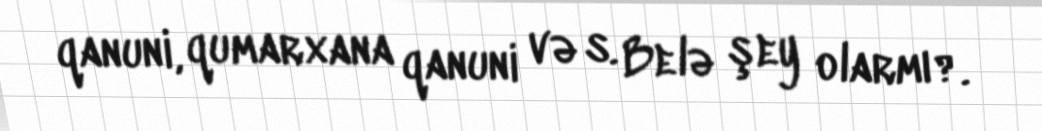
qanuni, qumarxana qanuni və s. Belə şey olarmı?.